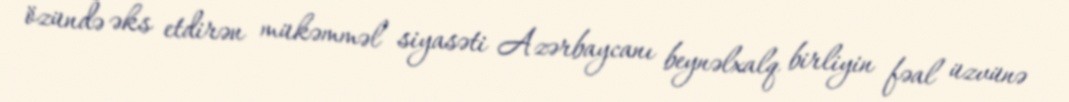
özündə əks etdirən mükəmməl siyasəti Azərbaycanı beynəlxalq birliyin fəal üzvünə